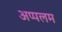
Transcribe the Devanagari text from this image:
अप्पलम